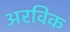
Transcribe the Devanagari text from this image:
अरविक